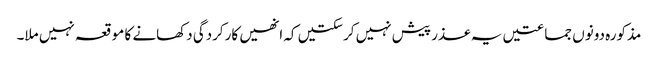
مذکورہ دونوں جماعتیں یہ عذر پیش نہیں کرسکتیں کہ انھیں کارکردگی دکھانے کا موقعہ نہیں ملا۔